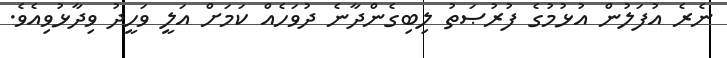
ނެރެ އުފަލުން އުޅުމުގެ ފުރުޞަތު ލިބިގެންދާނެ ދުވަހެއް ކަމަށް އަލީ ވަހީދު ވިދާޅުވިއެވެ.